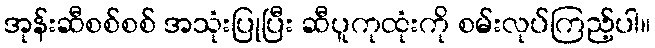
အုန်းဆီစစ်စစ် အသုံးပြုပြီး ဆီပူကုထုံးကို စမ်းလုပ်ကြည့်ပါ။